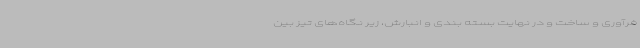
فرآوری و ساخت و در نهایت بسته بندی و انبارش، زیر نگاه‌های تیز بین